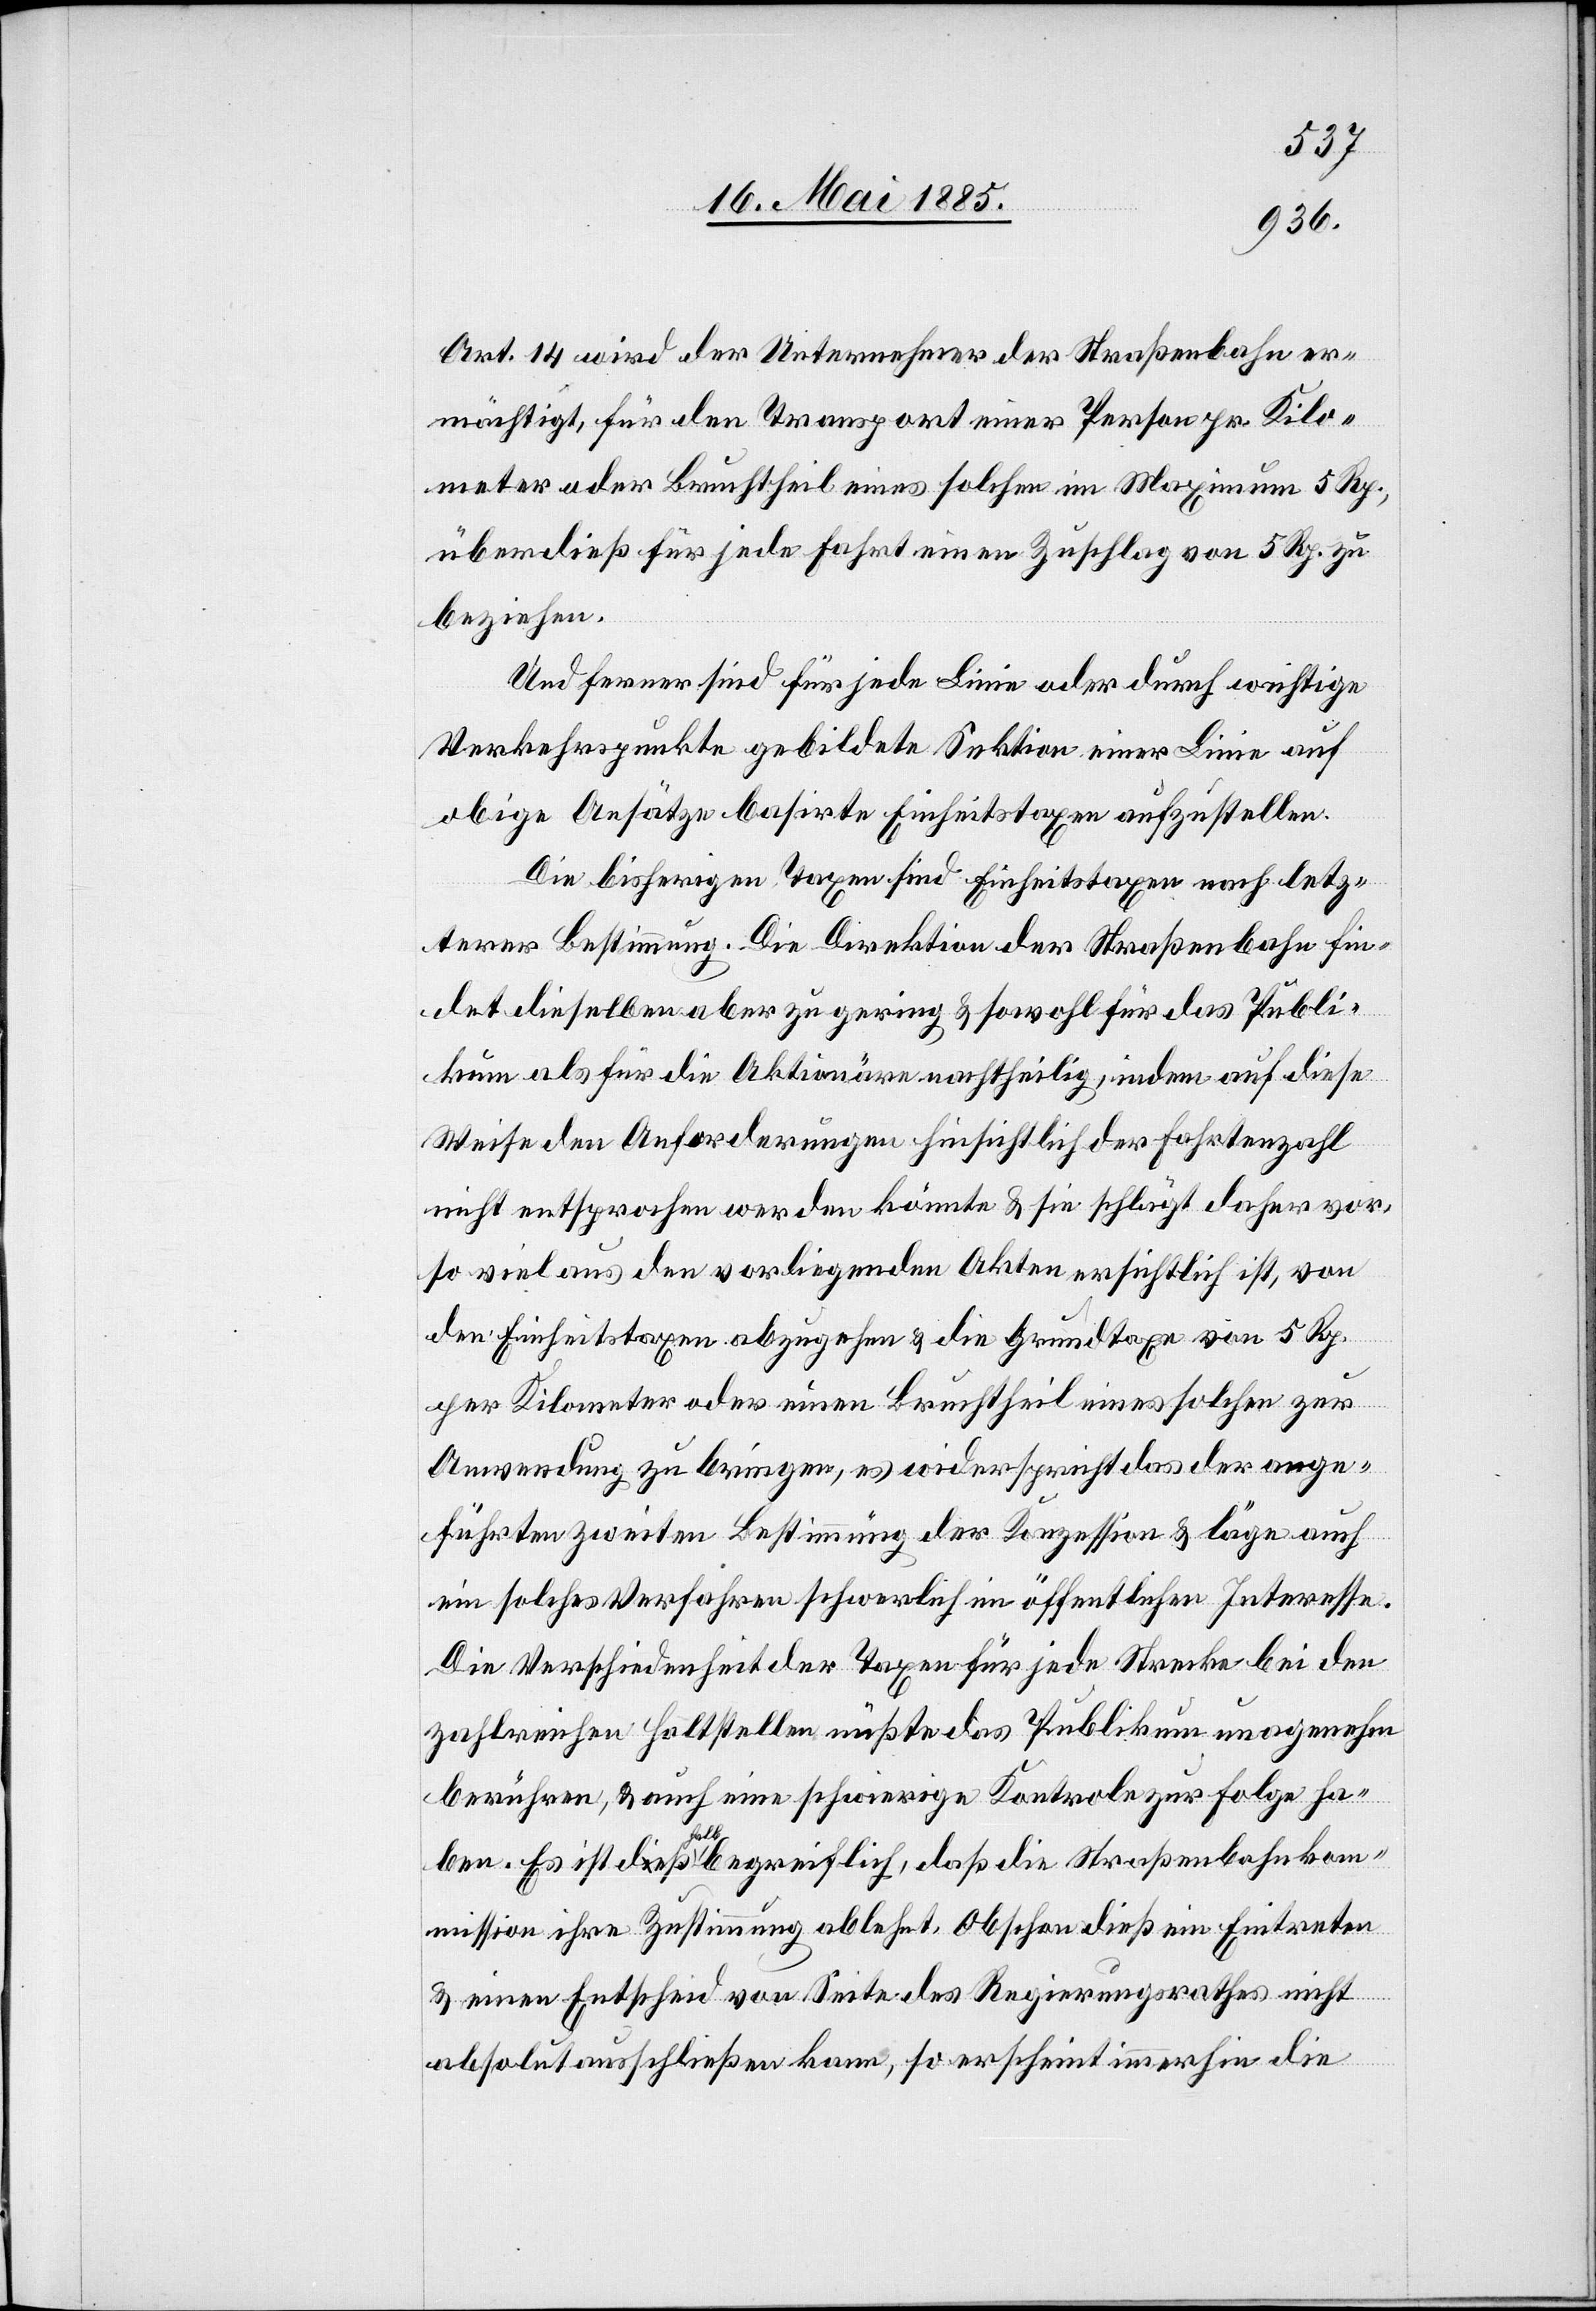
Art. 14 wird der Unternehmer der Straßenbahn er¬
mächtigt, für den Transport einer Person pr. Kilo¬
meter oder Bruchtheil eines solchen im Maximum 5 Rp.,
überdieß für jede Fahrt einen Zuschlag von 5 Rp. zu
beziehen.
Und ferner sind für jede Linie oder durch wichtige
Verkehrspunkte gebildete Sektion einer Linie auf
obige Ansätze basirte Einheitstaxen aufzustellen.
Die bisherigen Taxen sind Einheitstaxen nach letz¬
terer Bestimmung. Die Direktion der Straßenbahn fin¬
det dieselben aber zu gering & sowohl für das Publi¬
kum als für die Aktionäre nachtheilig, indem auf diese
Weise den Anforderungen hinsichtlich der Fahrtenzahl
nicht entsprochen werden könnte & sie schlägt daher vor,
so viel aus den vorliegenden Akten ersichtlich ist, von
den Einheitstaxen abzugehen & die Grundtaxe von 5 Rp.
per Kilometer oder einen Bruchtheil eines solchen zur
Anwendung zu bringen, es widerspricht das der ange¬
führten zweiten Bestimmung der Konzession & läge auch
ein solches Verfahren schwerlich im öffentlichen Interesse.
Die Verschiedenheit der Taxen für jede Strecke bei den
zahlreichen Haltstellen müßte das Publikum una[n]genehm
berühren, & auch eine schwierige Kontrole zur Folge ha¬
ben. Es ist deßhalb begreiflich, daß die Straßenbahnkom¬
mission ihre Zustimmung ablehnt. Obschon dieß ein Eintreten
& einen Entscheid von Seite des Regierungsrathes nicht
absolut ausschließen kann, so erscheint immerhin die